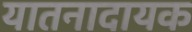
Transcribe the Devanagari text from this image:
यातनादायक